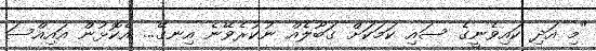
"މި އަދި ކައިވެނީގެ ސައި ކަމަކަށް ގަބޫލެއް ނުކުރެވޭނެ އިނގޭ... އެކޮޅުން އައިއްސަ